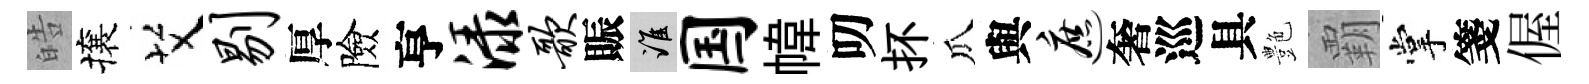
皓攘艾剔厚險亨渌歌賑誰国幃叨抔瓜與遮奢巡具艶覇掌箋偓